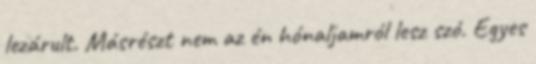
lezárult. Másrészt nem az én hónaljamról lesz szó. Egyes